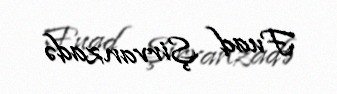
Fuad Şirvanzadə